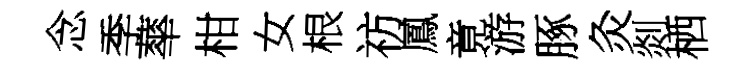
念季蕐柑女根祊鳳竟游䐁灸剡栖